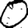
Digit: 0